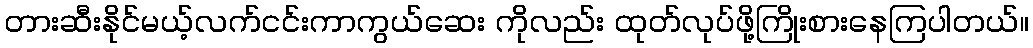
တားဆီးနိုင်မယ့်လက်ငင်းကာကွယ်ဆေး ကိုလည်း ထုတ်လုပ်ဖို့ကြိုးစားနေကြပါတယ်။